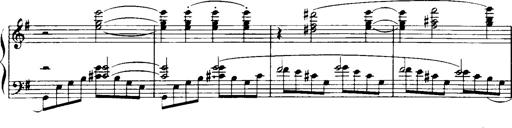
Title: Historische ungarische Bildnisse
Composer: Franz Liszt